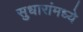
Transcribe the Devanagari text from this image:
सुधारांमध्ये